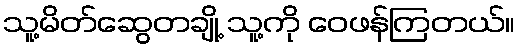
သူ့မိတ်ဆွေတချို့ သူ့ကို ဝေဖန်ကြတယ်။